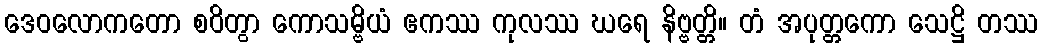
ဒေဝလောကတော စဝိတွာ ကောသမ္ဗိယံ ဧကဿ ကုလဿ ဃရေ နိဗ္ဗတ္တိ။ တံ အပုတ္တကော သေဋ္ဌိ တဿ